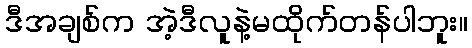
ဒီအချစ်က အဲ့ဒီလူနဲ့မထိုက်တန်ပါဘူး။